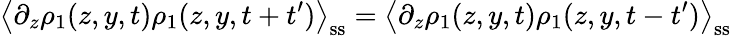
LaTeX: \left\langle\partial_{z}\rho_{1}(z,y,t)\rho_{1}(z,y,t+t^{\prime})\right\rangle_{\mathrm{ss}}=\left\langle\partial_{z}\rho_{1}(z,y,t)\rho_{1}(z,y,t-t^{\prime})\right\rangle_{\mathrm{ss}}